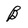
Character: B